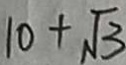
1 0 + \sqrt { 3 }